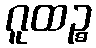
ဂူထဉ္စ